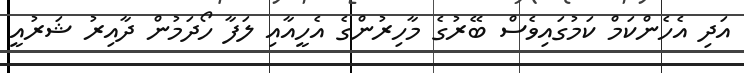
އަދި އެހެންކަމް ކަމުގައިވެސް ބޭރުގެ މާހިރުންގެ އެހީއާއި ލަފާ ހޯދަމުން ދާއިރު ޝަރުއީ